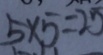
5 \times 5 = 2 5